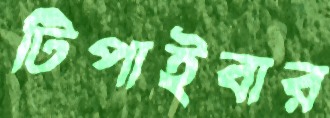
টিপাইবার